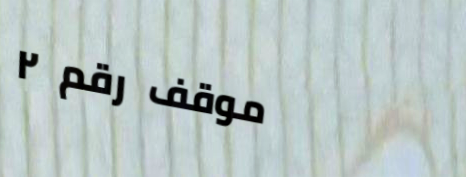
موقف رقم ٢